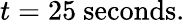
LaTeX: t=25\ \mathrm{seconds}.